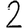
Digit: 2